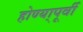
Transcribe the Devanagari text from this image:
होण्या्पूर्वी